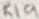
Text: R19